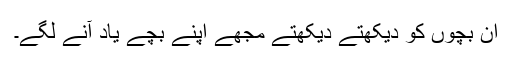
ان بچوں کو دیکھتے دیکھتے مجھے اپنے بچے یاد آنے لگے۔